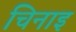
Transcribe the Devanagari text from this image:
चिनाइ